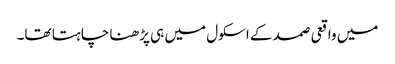
میں واقعی صمد کے اسکول میں ہی پڑھنا چاہتا تھا۔